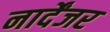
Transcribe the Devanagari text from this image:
नार्देंजर